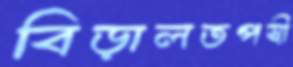
বিড়ালতপস্বী